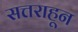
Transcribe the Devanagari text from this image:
सत्तराहून